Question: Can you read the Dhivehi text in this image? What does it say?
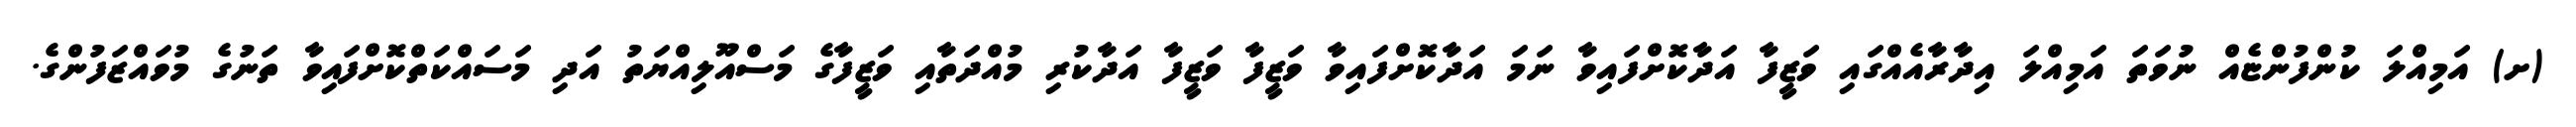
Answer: (ށ) އަމިއްލަ ކުންފުންޏެއް ނުވަތަ އަމިއްލަ އިދާރާއެއްގައި ވަޒީފާ އަދާކޮށްފައިވާ ނަމަ އަދާކޮށްފައިވާ ވަޒީފާ ވަޒީފާ އަދާކުރި މުއްދަތާއި ވަޒީފާގެ މަސްއޫލިއްޔަތު އަދި މަސައްކަތްކޮށްފައިވާ ތަނުގެ މުވައްޒަފުންގެ.